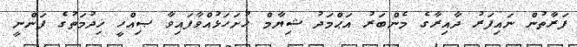
ފަރާތުން ނައިފަރު ދާއިރާގެ މެންބަރު އަޙްމަދު ޝިޔާމް ހުށަހަޅުއްވާފައިވާ ޞިއްހީ ޚިދުމަތުގެ ފަންނީ